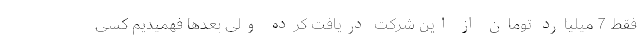
فقط 7 میلیارد تومان از این شرکت دریافت کرده ولی بعدها فهمیدیم کسی